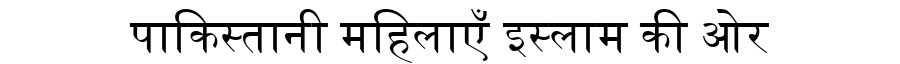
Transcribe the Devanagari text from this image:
पाकिस्तानी महिलाएँ इस्लाम की ओर